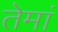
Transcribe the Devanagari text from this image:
तेमां